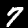
Label: 7